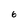
Character: 6